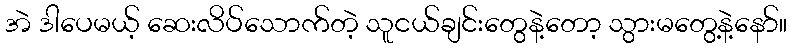
အဲ ဒါပေမယ့် ဆေးလိပ်သောက်တဲ့ သူငယ်ချင်းတွေနဲ့တော့ သွားမတွေ့နဲ့နော်။